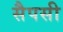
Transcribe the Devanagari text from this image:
सैपसी